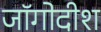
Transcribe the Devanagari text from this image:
जॉगोदीश